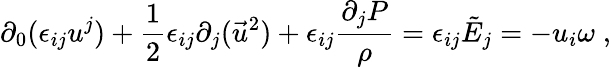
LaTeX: \partial_{0}(\epsilon_{ij}u^{j})+\frac{1}{2}\epsilon_{ij}\partial_{j}(\vec{u}^{2})+\epsilon_{ij}\frac{\partial_{j}P}{\rho}=\epsilon_{ij}\tilde{E}_{j}=-u_{i}\omega\; ,